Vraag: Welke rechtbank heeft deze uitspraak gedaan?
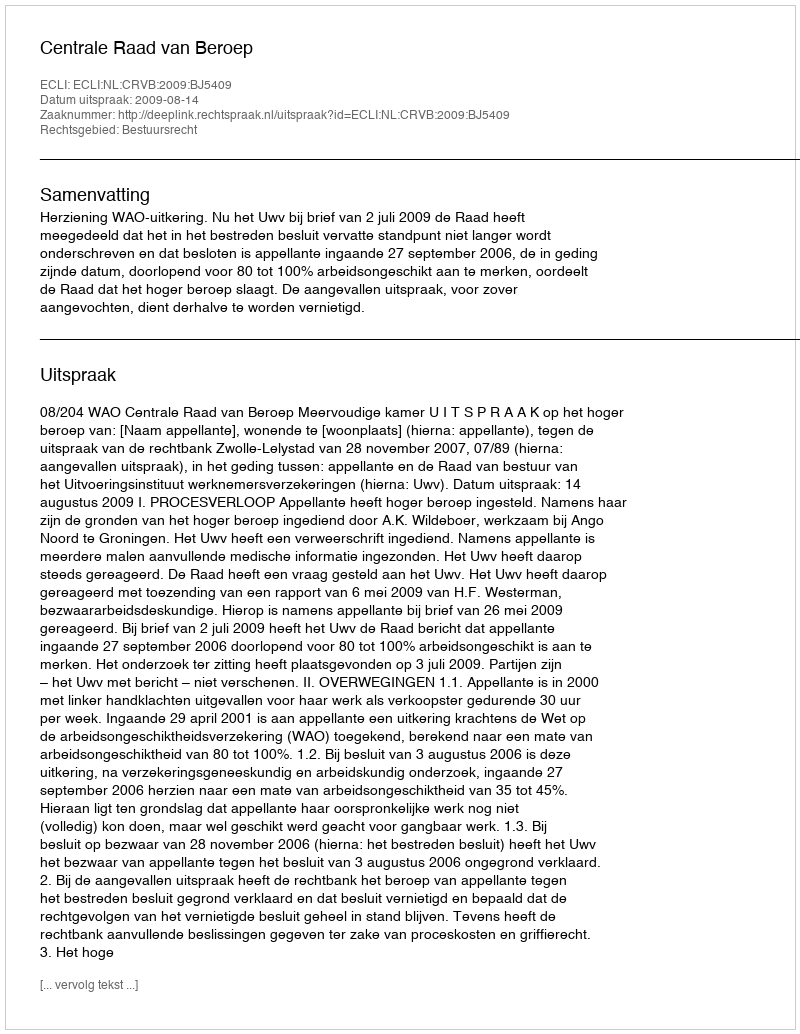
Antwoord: Centrale Raad van Beroep